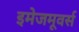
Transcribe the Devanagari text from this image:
इमेजमूवर्स